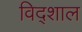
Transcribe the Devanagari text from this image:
विद्शाल